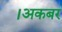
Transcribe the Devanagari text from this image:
।अकबर